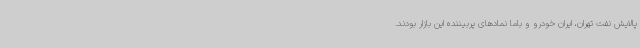
پالایش نفت تهران، ایران خودرو و باما نمادهای پربیننده این بازار بودند.